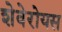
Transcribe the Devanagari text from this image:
शेवेरोयस